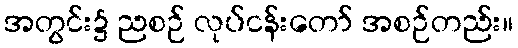
အတွင်း၌ ညစဉ် လုပ်ငန်းတော် အစဉ်တည်း။